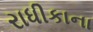
રાધીકાના